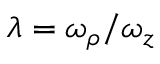
\lambda = \omega _ { \rho } / \omega _ { z }